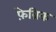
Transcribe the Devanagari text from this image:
फ़ेब्रिक